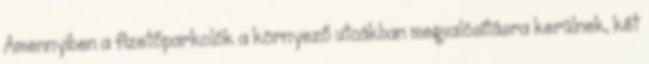
Amennyiben a fizetőparkolók a környező utcákban megvalósításra kerülnek, két